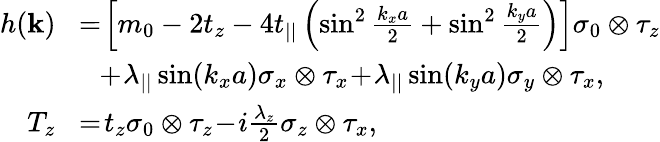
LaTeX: \begin{array}{rl}{h({\mathbf k})}&{\! =\! \left[m_{0}-2t_{z}-4t_{||}\left(\sin^{2}\frac{k_{x}a}{2}+\sin^{2}\frac{k_{y}a}{2}\right)\right]\sigma_{0}\otimes\tau_{z}}\\ &{~~\! +\! \lambda_{||}\sin(k_{x}a)\sigma_{x}\otimes\tau_{x}\! +\! \lambda_{||}\sin(k_{y}a)\sigma_{y}\otimes\tau_{x},}\\ {T_{z}}&{\! =\! t_{z}\sigma_{0}\otimes\tau_{z}\! -\! i\frac{\lambda_{z}}{2}\sigma_{z}\otimes\tau_{x},}\end{array}